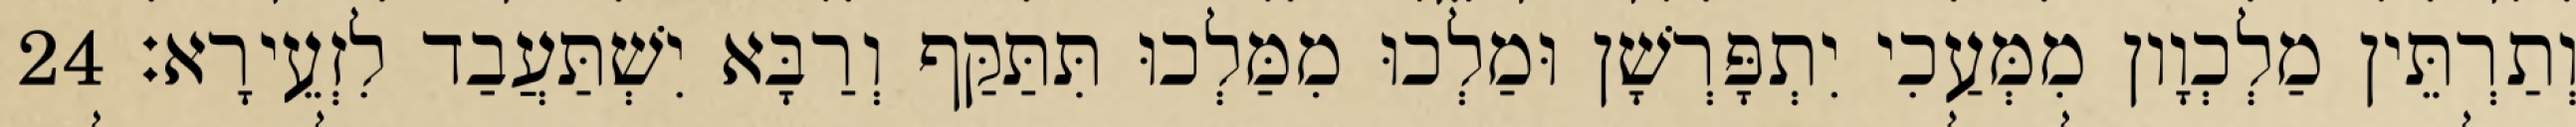
וְתַרְתֵּין מַלְכְוָון מִמְּעַכִי יִתְפָּרְשָׁן וּמַלְכוּ מִמַּלְכוּ תִּתַּקַּף וְרַבָּא יִשְׁתַּעֲבַד לִזְעֵירָא׃ 24